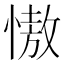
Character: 慠